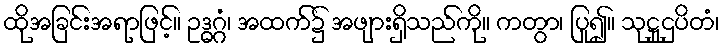
ထိုအခြင်းအရာဖြင့်။ ဥဒ္ဓဂ္ဂံ၊ အထက်၌ အဖျားရှိသည်ကို။ ကတွာ၊ ပြု၍။ သုဋ္ဌုဌပိတံ၊